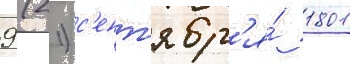
9 (21) с'ент'ябр'я́ 1801